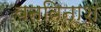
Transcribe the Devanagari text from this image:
वनविनाश